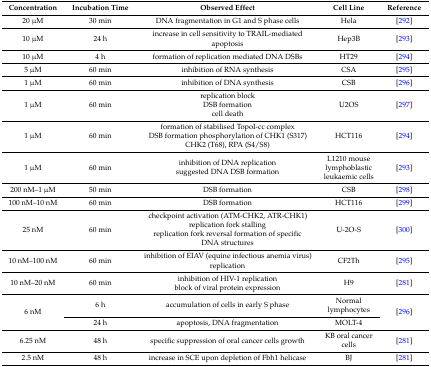
<table><thead><tr><td><b>Concentration</b></td><td><b>Incubation Time</b></td><td><b>Observed Effect</b></td><td><b>Cell Line</b></td><td><b>Reference</b></td></tr></thead><tbody><tr><td>20 μM</td><td>30 min</td><td>DNA fragmentation in G1 and S phase cells</td><td>Hela</td><td>[292]</td></tr><tr><td>10 μM</td><td>24 h</td><td>increase in cell sensitivity to TRAIL-mediated apoptosis</td><td>Hep3B</td><td>[293]</td></tr><tr><td>10 μM</td><td>4 h</td><td>formation of replication mediated DNA DSBs</td><td>HT29</td><td>[294]</td></tr><tr><td>5 μM</td><td>60 min</td><td>inhibition of RNA synthesis</td><td>CSA</td><td>[295]</td></tr><tr><td>1 μM</td><td>60 min</td><td>inhibition of DNA synthesis</td><td>CSB</td><td>[296]</td></tr><tr><td>1 μM</td><td>60 min</td><td>replication block DSB formation cell death</td><td>U2OS</td><td>[297]</td></tr><tr><td>1 μM</td><td>60 min</td><td>formation of stabilised TopoI-cc complex DSB formation phosphorylation of CHK1 (S317) CHK2 (T68), RPA (S4/S8)</td><td>HCT116</td><td>[294]</td></tr><tr><td>1 μM</td><td>60 min</td><td>inhibition of DNA replication suggested DNA DSB formation</td><td>L1210 mouse lymphoblastic leukaemic cells</td><td>[293]</td></tr><tr><td>200 nM–1 μM</td><td>50 min</td><td>DSB formation</td><td>CSB</td><td>[298]</td></tr><tr><td>100 nM–10 nM</td><td>60 min</td><td>DSB formation</td><td>HCT116</td><td>[299]</td></tr><tr><td>25 nM</td><td>60 min</td><td>checkpoint activation (ATM-CHK2, ATR-CHK1) replication fork stalling replication fork reversal formation of specific DNA structures</td><td>U-2O-S</td><td>[300]</td></tr><tr><td>10 nM–100 nM</td><td>60 min</td><td>inhibition of EIAV (equine infectious anemia virus) replication</td><td>CF2Th</td><td>[295]</td></tr><tr><td>10 nM–20 nM</td><td>60 min</td><td>inhibition of HIV-1 replication block of viral protein expression</td><td>H9</td><td>[281]</td></tr><tr><td rowspan="2">6 nM</td><td>6 h</td><td>accumulation of cells in early S phase</td><td>Normal lymphocytes</td><td rowspan="2">[296]</td></tr><tr><td>24 h</td><td>apoptosis, DNA fragmentation</td><td>MOLT-4</td></tr><tr><td>6.25 nM</td><td>48 h</td><td>specific suppression of oral cancer cells growth</td><td>KB oral cancer cells</td><td>[281]</td></tr><tr><td>2.5 nM</td><td>48 h</td><td>increase in SCE upon depletion of Fbh1 helicase</td><td>BJ</td><td>[281]</td></tr></tbody></table>